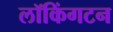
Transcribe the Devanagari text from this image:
लॉकिंगटन